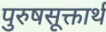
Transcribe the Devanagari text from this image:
पुरुषसूक्तार्थ